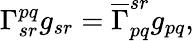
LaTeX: \Gamma_{sr}^{pq}g_{sr}=\overline{{{\Gamma}}}_{pq}^{sr}g_{pq},